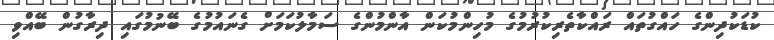
ކުޑަކުދިންގެ ހައްގުތައް ރައްކާތެރިކުރުމުގެ މުހިންމުކަން އާންމުންގެ ސަމާލުކަމަށް ގެނައުމުގެ ބޭނުމުގައި ދިރާގުން ބޭއްވި